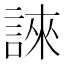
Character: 誺